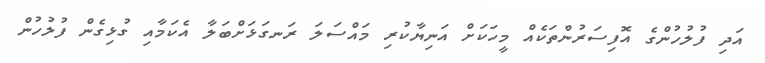
އަދި ފުލުުހުންގެ އޮފިސަރުންތަކެއް މީހަކަށް އަނިޔާކުރި މައްސަލަ ރަނގަޅަށްބަލާ އެކަމާއި ގުޅިގެން ފުލުހުން